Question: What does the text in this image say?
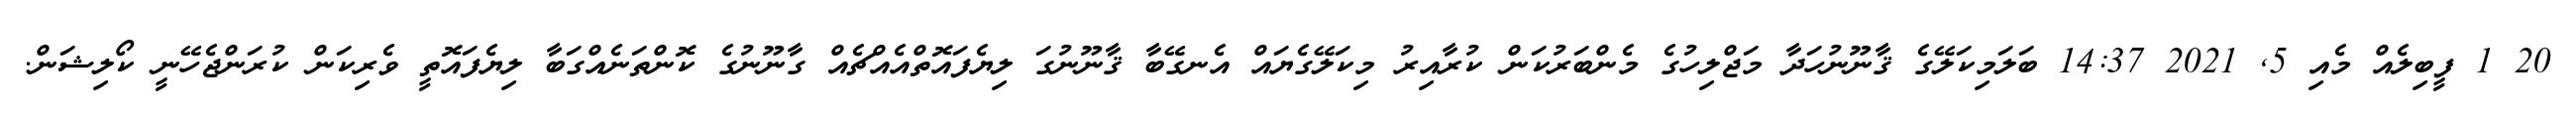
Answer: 20 1 ފީބިލެއް މެއި 5, 2021 14:37 ބަލަމިކަލޭގެ ޤާނޫނުހަދާ މަޖްލިހުގެ މެންބަރުކަން ކުރާއިރު މިކަލޭގެޔައް އެނގޭބާ ޤާނޫނުގަ ލިޔެފައޮތްއެއްޗެއް ގާނޫނުގެ ކޮންތަނެއްގަބާ ލިޔެފައޮތީ ވެރިކަން ކުރަންޖެހޭނީ ކޯލިޝަން.